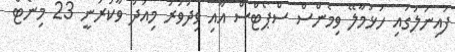
ފައިނަލުގައި ހުޅުމާލޭ ވިމެންސް ސްޕޯޓްސް އާއި ވިދުވަރު މިއަދު ވާކުރަނީ 23 މިނެޓް